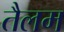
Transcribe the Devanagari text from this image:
तैलम